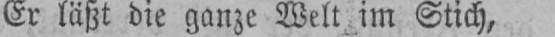
Er läßt die ganze Welt, im Stich,